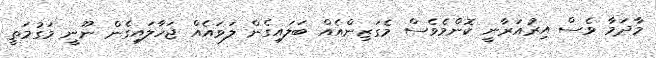
މާދަމާ ވެސް އިރުއަރާނީ ކޮންމެވެސް މެގަޒިންއެއް ބަލައިގެން ލަވައެއް ޖަހާލައިގެން ނޫނީ މަގުމަތީ